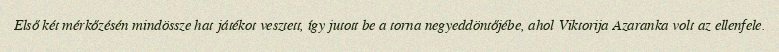
Első két mérkőzésén mindössze hat játékot vesztett, így jutott be a torna negyeddöntőjébe, ahol Viktorija Azaranka volt az ellenfele.